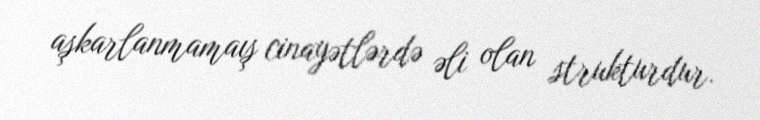
aşkarlanmamaış cinayətlərdə əli olan strukturdur.